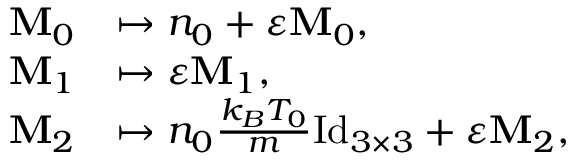
\begin{array} { r l } { \mathbf { M } _ { 0 } } & { \mapsto n _ { 0 } + \varepsilon \mathbf { M } _ { 0 } , } \\ { \mathbf { M } _ { 1 } } & { \mapsto \varepsilon \mathbf { M } _ { 1 } , } \\ { \mathbf { M } _ { 2 } } & { \mapsto n _ { 0 } \frac { k _ { B } T _ { 0 } } { m } \mathrm { I d } _ { 3 \times 3 } + \varepsilon \mathbf { M } _ { 2 } , } \end{array}